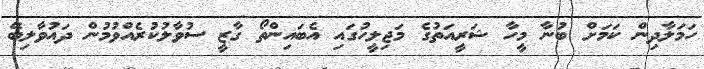
ހަމަލާދިން ކަމަށް ބުނާ މީހާ ޝަރީއަތުގެ މަޖިލީހުގައި އެބައިންތޯ ގާޒީ ސުވާލުކުރެއްވުމުން ދައުވާލިބޭ